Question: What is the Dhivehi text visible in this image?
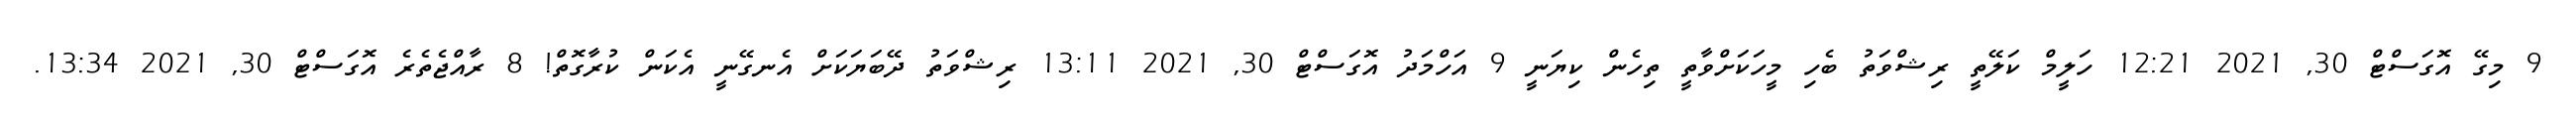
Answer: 9 މިގޭ އޮގަސްޓް 30, 2021 12:21 ހަލީމް ކަލޭތީ ރިޝްވަތު ބެހި މީހަކަށްވާތީ ތިހެން ކިޔަނީ 9 އަހްމަދު އޮގަސްޓް 30, 2021 13:11 ރިޝްވަތު ދޭބަޔަކަށް އެނގޭނީ އެކަން ކުރާގޮތް! 8 ރާއްޖެތެރެ އޮގަސްޓް 30, 2021 13:34.